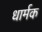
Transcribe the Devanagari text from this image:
धार्मक